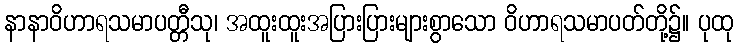
နာနာဝိဟာရသမာပတ္တီသု၊ အထူးထူးအပြားပြားများစွာသော ဝိဟာရသမာပတ်တို့၌။ ပုထု